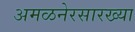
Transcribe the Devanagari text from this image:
अमळनेरसारख्या